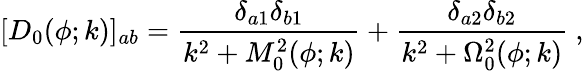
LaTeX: [D_{0}(\phi;k)]_{ab}={\frac{\delta_{a1}\delta_{b1}}{k^{2}+M_{0}^{2}(\phi;k)}}+{\frac{\delta_{a2}\delta_{b2}}{k^{2}+\Omega_{0}^{2}(\phi;k)}}~,